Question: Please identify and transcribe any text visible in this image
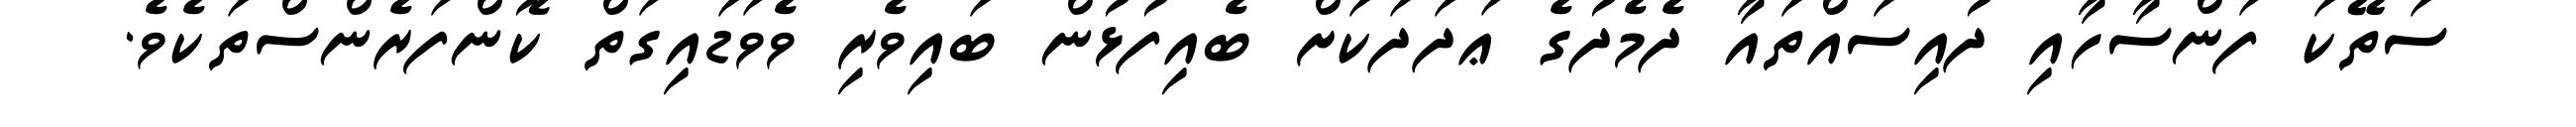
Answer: ސަތޭކަ ފަންސާހާއި ދުއިސައްތައާ ދެމެދުގެ ޢަދަދަކަށް ބެއިފުޅުން ބައިވެރި ވެވަޑައިގަތް ކޮންފަރެންސްތަކެވެ.